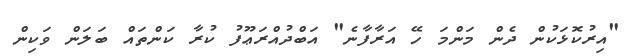
"އިރުކޮޅަކުން ދެން މަންމަ ހޭ އަރާފާނެ" އަބްދުއްރަޢޫފު ކުރާ ކަންތައް ބަލަން ވަކިން